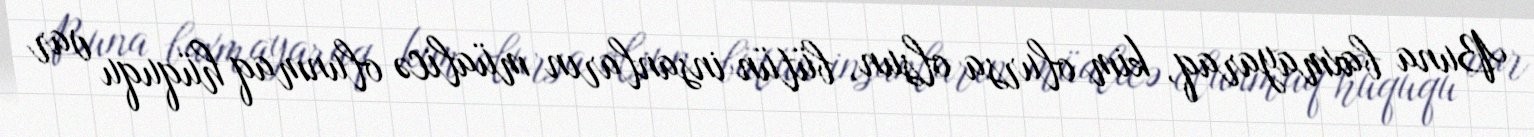
Buna baxmayaraq, kim olursa olsun, bütün insanların müalicə olunmaq hüququ var